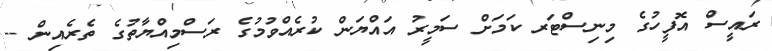
ރައީސް އޮފީހުގެ މިނިސްޓަރ ކަމަށް ސަމީރު އައްޔަން ކުރެއްވުމުގެ ރަސްމިއްޔާތުގެ ތެރެއިން --